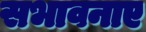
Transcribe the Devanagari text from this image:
सभावनाए